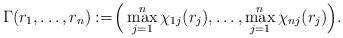
LaTeX: \begin{align*} \Gamma(r_1, \ldots, r_n) := \!\Big( \max_{j=1}^{n} \chi_{1j}(r_j), \ldots, \max_{j=1}^{n} \chi_{nj}(r_j) \Big).\!\end{align*}